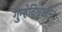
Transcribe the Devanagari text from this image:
गुन्हेविश्वातील